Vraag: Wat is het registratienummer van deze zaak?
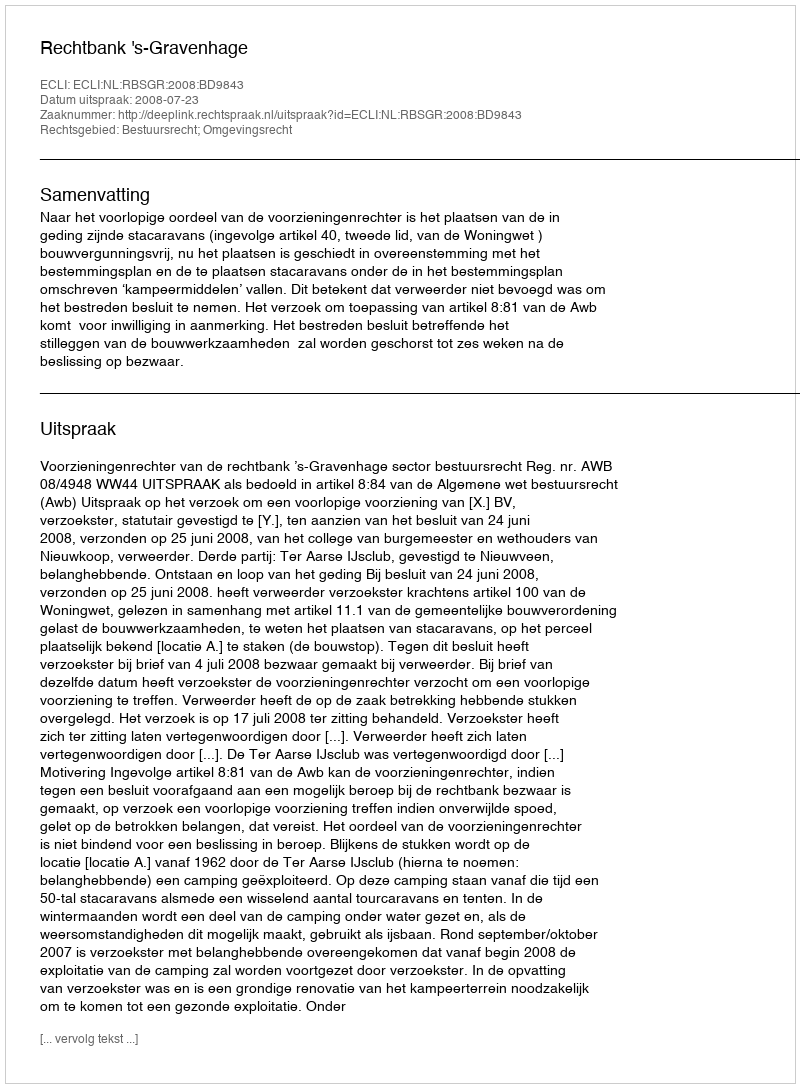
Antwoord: http://deeplink.rechtspraak.nl/uitspraak?id=ECLI:NL:RBSGR:2008:BD9843